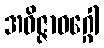
အဝိဇ္ဇာဝဂ္ဂေါ